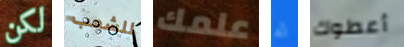
لكن للشعب علمك له أعطوك